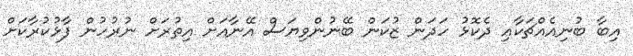
އިބާ ބުނިއެއްޗަކާއި ދެކޮޅު ހަދަން ޒުކަން ބޭނުންވިޔަސް އޭނާއަށް އިތުރަށް ނުރުހުން ފާޅުކުރާކަށް